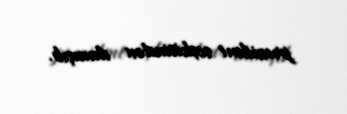
prezident seçkisindən danışıb.